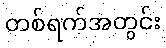
တစ်ရက်အတွင်း